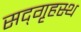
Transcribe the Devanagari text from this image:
सद्‌गृहस्थ